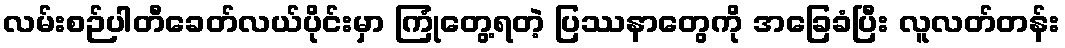
လမ်းစဉ်ပါတီခေတ်လယ်ပိုင်းမှာ ကြုံတွေ့ရတဲ့ ပြဿနာတွေကို အခြေခံပြီး လူလတ်တန်း